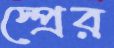
স্প্রের